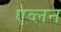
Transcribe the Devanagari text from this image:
एव्लन